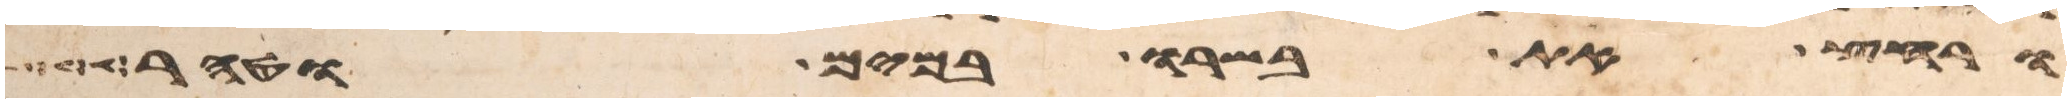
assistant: ורחץ את בשרו במים וטהר